Document type: Sale
Year: 1499
Scribe: Joan Martínez de Sòria
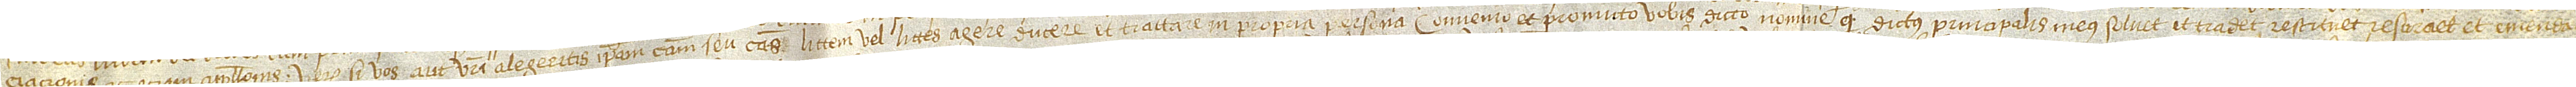
ciacionis ac etiam appellacionis. Verum si vos aut vestri alegeritis ipsam causam seu causas, littem vel littes agere, ducere et tractare in propria persona, convenio et promito vobis dicto nomine quod dictus principalis meus solvet et tradet, restituet, resuraet et emenda-